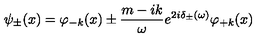
\psi _ { \pm } ( x ) = \varphi _ { - k } ( x ) \pm \frac { m - i k } { \omega } e ^ { 2 i \delta _ { \pm } ( \omega ) } \varphi _ { + k } ( x )